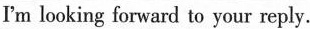
I'm looking forward to your reply。